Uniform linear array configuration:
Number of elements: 64
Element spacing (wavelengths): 0.25
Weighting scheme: blackman
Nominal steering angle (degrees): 15
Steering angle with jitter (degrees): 13.454
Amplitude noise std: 0.05
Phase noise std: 0.05

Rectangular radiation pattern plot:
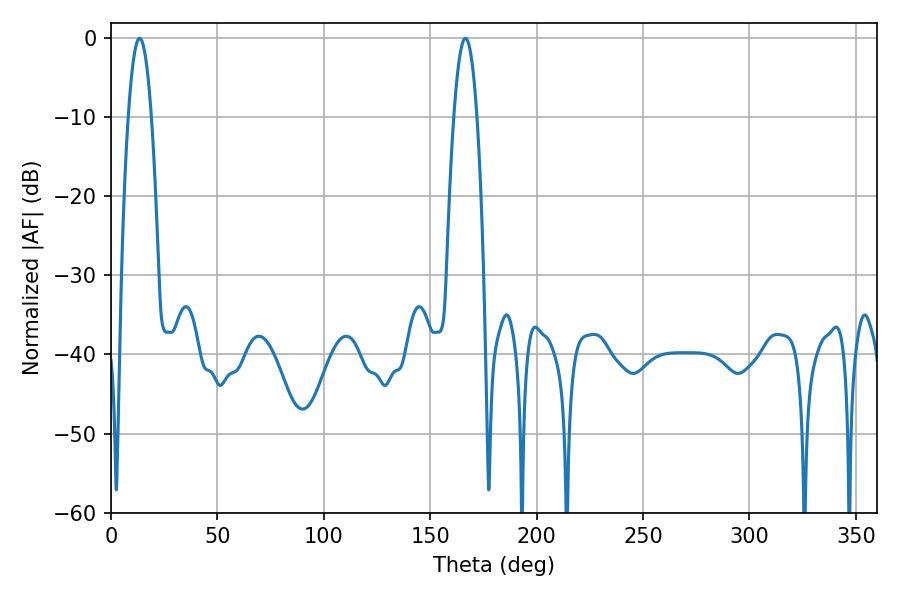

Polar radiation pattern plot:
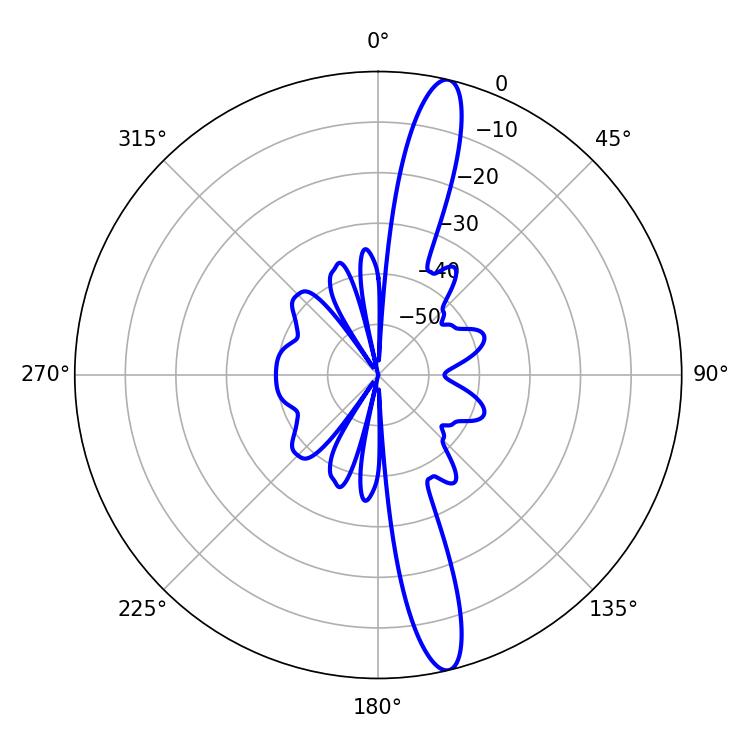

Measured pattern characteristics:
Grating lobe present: FALSE
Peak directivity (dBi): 15.806
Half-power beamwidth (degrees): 5.94
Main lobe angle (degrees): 13.5